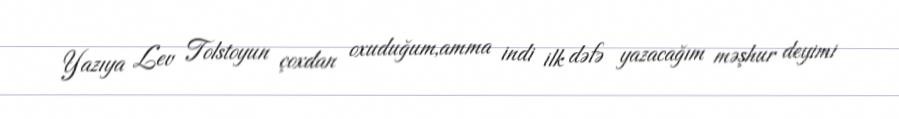
Yazıya Lev Tolstoyun çoxdan oxuduğum,amma indi ilk dəfə yazacağım məşhur deyimi